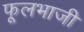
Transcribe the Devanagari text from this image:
फूलभाजी